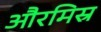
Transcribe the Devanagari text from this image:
औरमिस्र